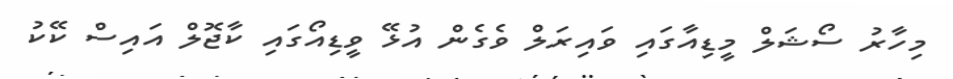
މިހާރު ސޯޝަލް މީޑިއާގައި ވައިރަލް ވެގެން އުޅޭ ވީޑިއޯގައި ކާޖޮލް އައިސް ކޭކު